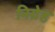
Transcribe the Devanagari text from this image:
निग्रेह